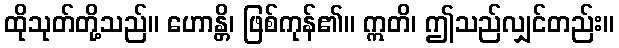
ထိုသုတ်တို့သည်။ ဟောန္တိ၊ ဖြစ်ကုန်၏။ ဣတိ၊ ဤသည်လျှင်တည်း။